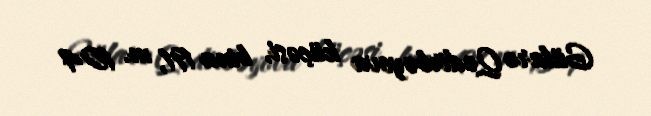
Gülarə Qədirbəyova küçəsi, bina 191, m. 104